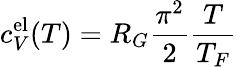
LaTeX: c_{V}^{\mathrm{el}}(T)=R_{G}\frac{\pi^{2}}{2}\frac{T}{T_{F}}